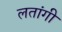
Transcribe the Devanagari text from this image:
लतांगी